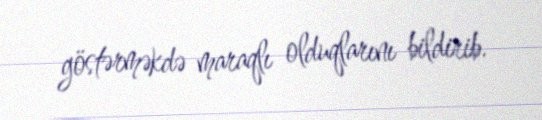
göstərməkdə maraqlı olduqlarını bildirib.